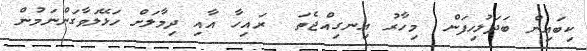
ކިބައިން ބަދަލުހިފަން  މިހާރު އިނގިއްޖެތަ  ރައިހާ އާއި ދިމާލަށް ހަޅޭލަވާގަންނަމުން